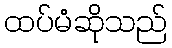
ထပ်မံဆိုသည်